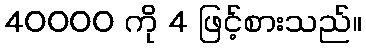
40000 ကို 4 ဖြင့်စားသည်။